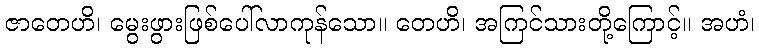
ဇာတေဟိ၊ မွေးဖွားဖြစ်ပေါ်လာကုန်သော။ တေဟိ၊ အကြင်သားတို့ကြောင့်။ အဟံ၊